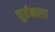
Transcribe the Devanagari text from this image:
पूर्वकला